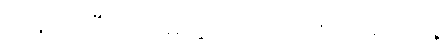
လန့်ဖျပ်ပြီး သေမသွားတာပဲ တော်ပါသေးရဲ့